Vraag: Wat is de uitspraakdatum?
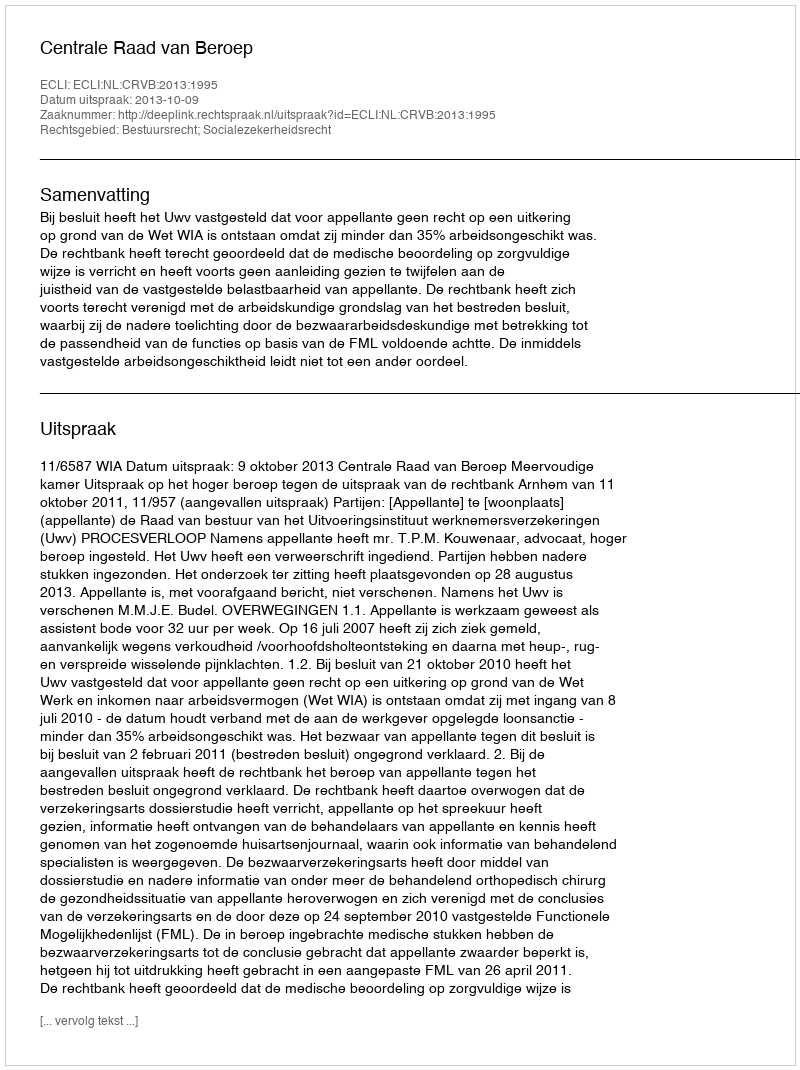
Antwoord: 2013-10-09